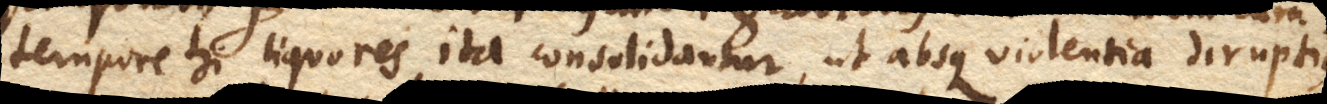
tempore hi liquores ita consolidantur, ut absque violentia diruptio–